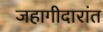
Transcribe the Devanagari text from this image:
जहागीदारांत